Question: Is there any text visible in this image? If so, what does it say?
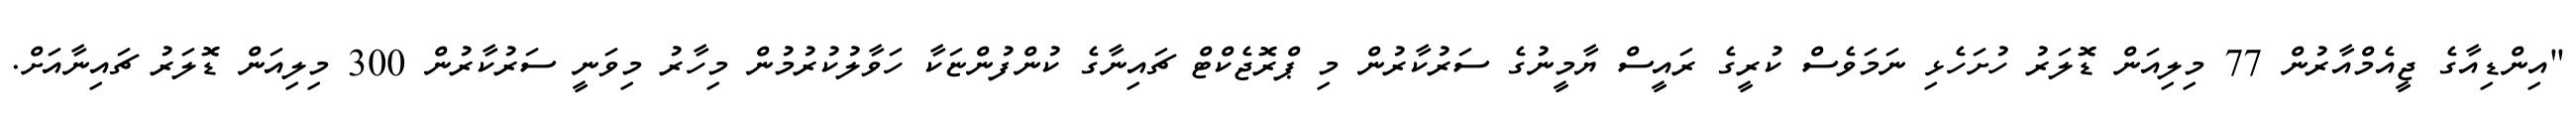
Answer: "އިންޑިއާގެ ޖީއެމްއާރުން 77 މިލިއަން ޑޮލަރު ހުށަހެޅި ނަމަވެސް ކުރީގެ ރައީސް ޔާމީނުގެ ސަރުކާރުން މި ޕްރޮޖެކްޓް ޗައިނާގެ ކުންފުންޏަކާ ހަވާލުކުރުމުން މިހާރު މިވަނީ ސަރުކާރުން 300 މިލިއަން ޑޮލަރު ޗައިނާއަށް.